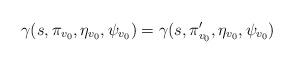
LaTeX: \begin{align*}\gamma(s,\pi_{v_0},\eta_{v_0},\psi_{v_0})=\gamma(s,\pi'_{v_0},\eta_{v_0},\psi_{v_0})\end{align*}